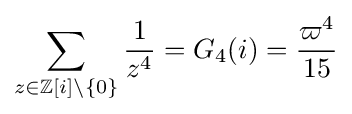
\sum _{z\in \mathbb {Z} [i]\setminus \{0\}}{\frac {1}{z^{4}}}=G_{4}(i)={\frac {\varpi ^{4}}{15}}